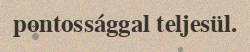
pontossággal teljesül.